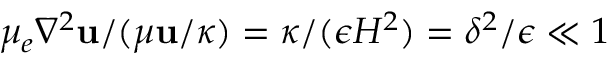
\mu _ { e } \nabla ^ { 2 } \mathbf { u } / ( \mu \mathbf { u } / \kappa ) = \kappa / ( \epsilon H ^ { 2 } ) = \delta ^ { 2 } / \epsilon \ll 1